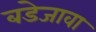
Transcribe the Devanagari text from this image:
बडेजावा